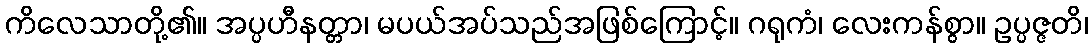
ကိလေသာတို့၏။ အပ္ပဟီနတ္တာ၊ မပယ်အပ်သည်အဖြစ်ကြောင့်။ ဂရုကံ၊ လေးကန်စွာ။ ဥပ္ပဇ္ဇတိ၊